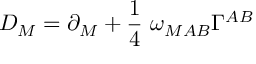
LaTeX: D _ { M } = \partial _ { M } + { \frac { 1 } { 4 } } ~ \omega _ { M A B } \Gamma ^ { A B }